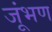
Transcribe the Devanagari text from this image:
जूंभण